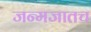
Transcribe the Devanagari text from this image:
जन्मजातच